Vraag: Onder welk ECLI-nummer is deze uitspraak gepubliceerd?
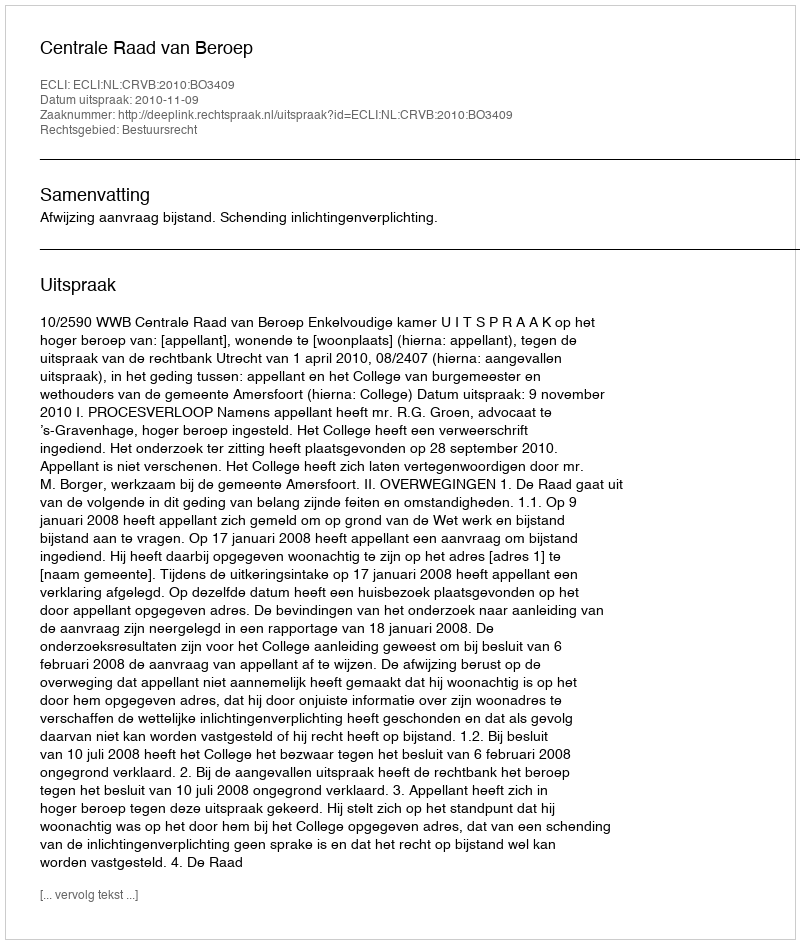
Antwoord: ECLI:NL:CRVB:2010:BO3409